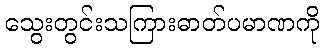
သွေးတွင်းသကြားဓာတ်ပမာဏကို